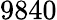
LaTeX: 9840